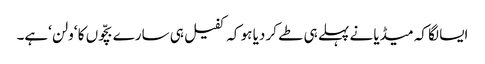
ایسا لگا کہ میڈیا نے پہلے ہی طے کر دیا ہو کہ کفیل ہی سارے بچّوں کا ‘ولن ‘ہے۔